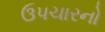
ઉપચારનો